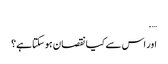
….
اور اس سے کیا نقصان ہوسکتاہے؟